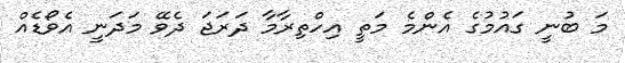
މަ ބުނީ ގައުމުގެ އެންމެ މަތީ އިހްތިރާމާ ދަރަޖަ ދެވޭ މަދަނީ އެވޯޑެއް